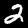
Digit: 2